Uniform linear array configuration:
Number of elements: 64
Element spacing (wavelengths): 0.75
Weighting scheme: blackman
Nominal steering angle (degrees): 30
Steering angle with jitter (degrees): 28.937
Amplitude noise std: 0.05
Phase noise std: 0.05

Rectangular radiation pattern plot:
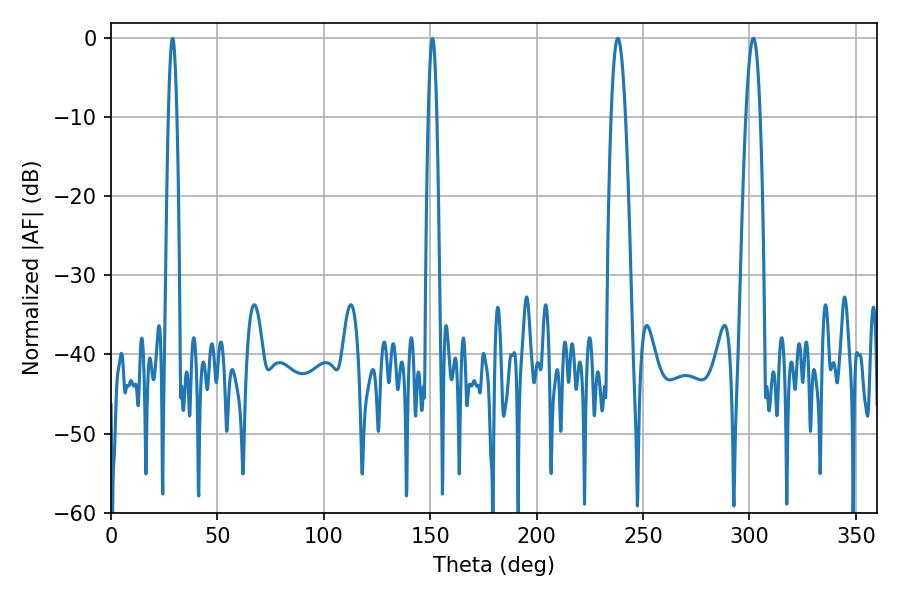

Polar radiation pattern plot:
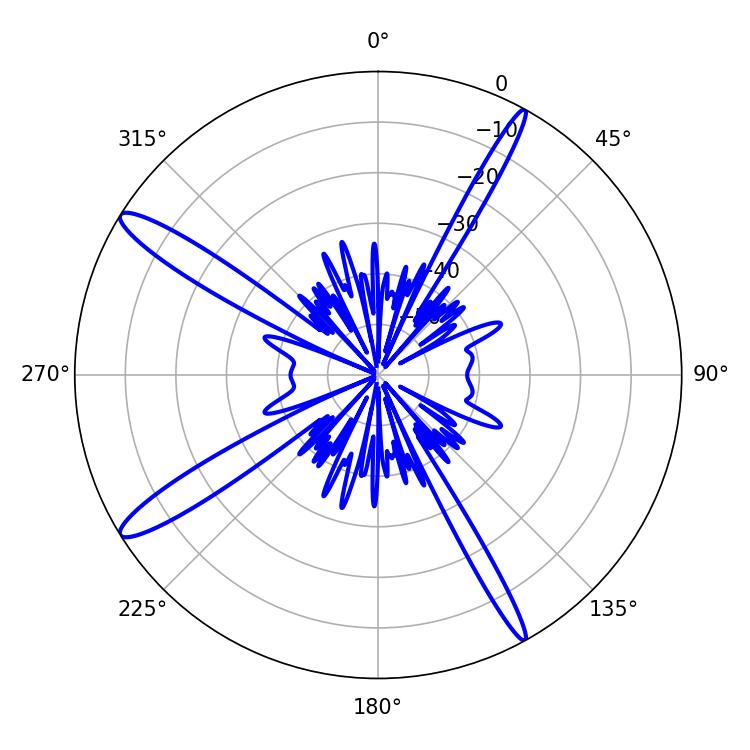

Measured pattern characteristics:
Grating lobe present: TRUE
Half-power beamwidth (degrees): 3.78
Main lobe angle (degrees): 301.86